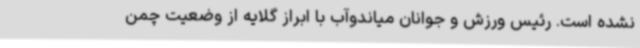
نشده است. رئیس ورزش و جوانان میاندوآب با ابراز گلایه از وضعیت چمن